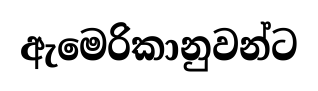
ඇමෙරිකානුවන්ට